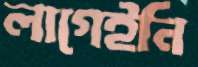
লাগেইনি